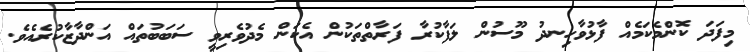
މިފަދަ ކޮންމެކަމެއް ފާޅުވާހިނދު މޫސުން ލަފާކުރާ ފަރާތްތަކުން އެކަން މެދުވެރިވީ ސަބަބުތައް އަންދާޒާކުރެއެވެ.